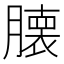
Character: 𮍁